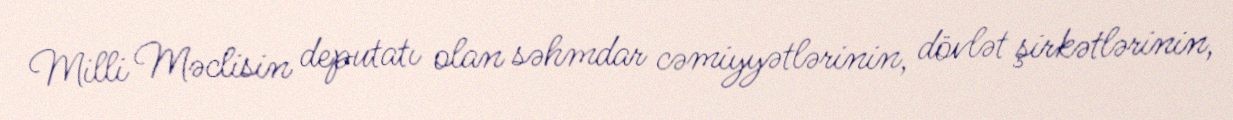
Milli Məclisin deputatı olan səhmdar cəmiyyətlərinin, dövlət şirkətlərinin,